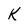
Character: K